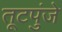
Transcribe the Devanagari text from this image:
तूटपुंजे